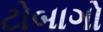
ટોબાગો